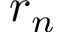
r _ { n }